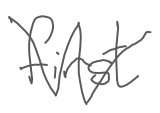
Text: first
Cross-out: zig-zag
Writing tool: digital_gray